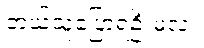
ဘယ်သူပြောရဦးမလဲ။